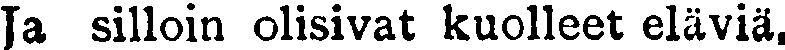
Ja silloin olisivat kuolleet eläviä,